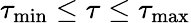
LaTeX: \tau_{\mathrm{min}}\le\tau\le\tau_{\mathrm{max}}